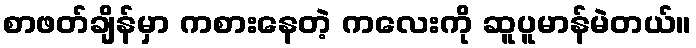
စာဖတ်ချိန်မှာ ကစားနေတဲ့ ကလေးကို ဆူပူမာန်မဲတယ်။